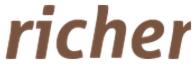
richer